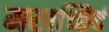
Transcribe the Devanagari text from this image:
मखच्छिदं